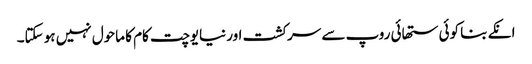
انکے بنا کوئی ستھائی روپ سے سرکشت اور نیایوچت کام کا ماحول نہیں ہو سکتا۔